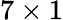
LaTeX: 7\times 1